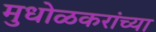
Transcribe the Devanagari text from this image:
मुधोळकरांच्या